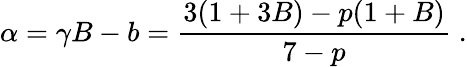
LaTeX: \alpha=\gamma B-b=\frac{3(1+3B)-p(1+B)}{7-p}\; .